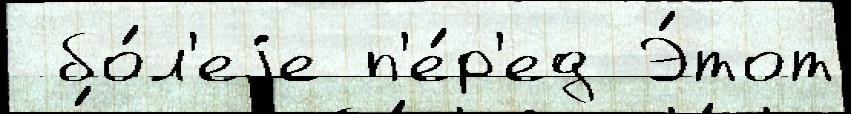
 бо́л'еjе п'е́р'ед Э́тот